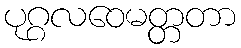
ပုဂ္ဂလဝေမတ္တတာ